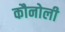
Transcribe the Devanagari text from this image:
कौनोली